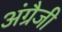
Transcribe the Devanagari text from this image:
अंग्रैजी